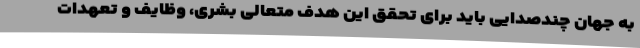
به جهان چندصدایی باید برای تحقق این هدف متعالی بشری، وظایف و تعهدات